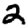
Digit: 2